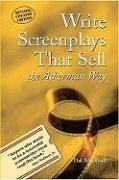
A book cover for Write Screenplays That Sell: The Ackerman Way; Hal Ackerman; Humor & Entertainment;